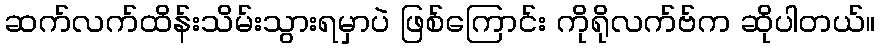
ဆက်လက်ထိန်းသိမ်းသွားရမှာပဲ ဖြစ်ကြောင်း ကိုရိုလက်ဗ်က ဆိုပါတယ်။